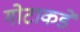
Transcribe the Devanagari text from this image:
गोटाकडे